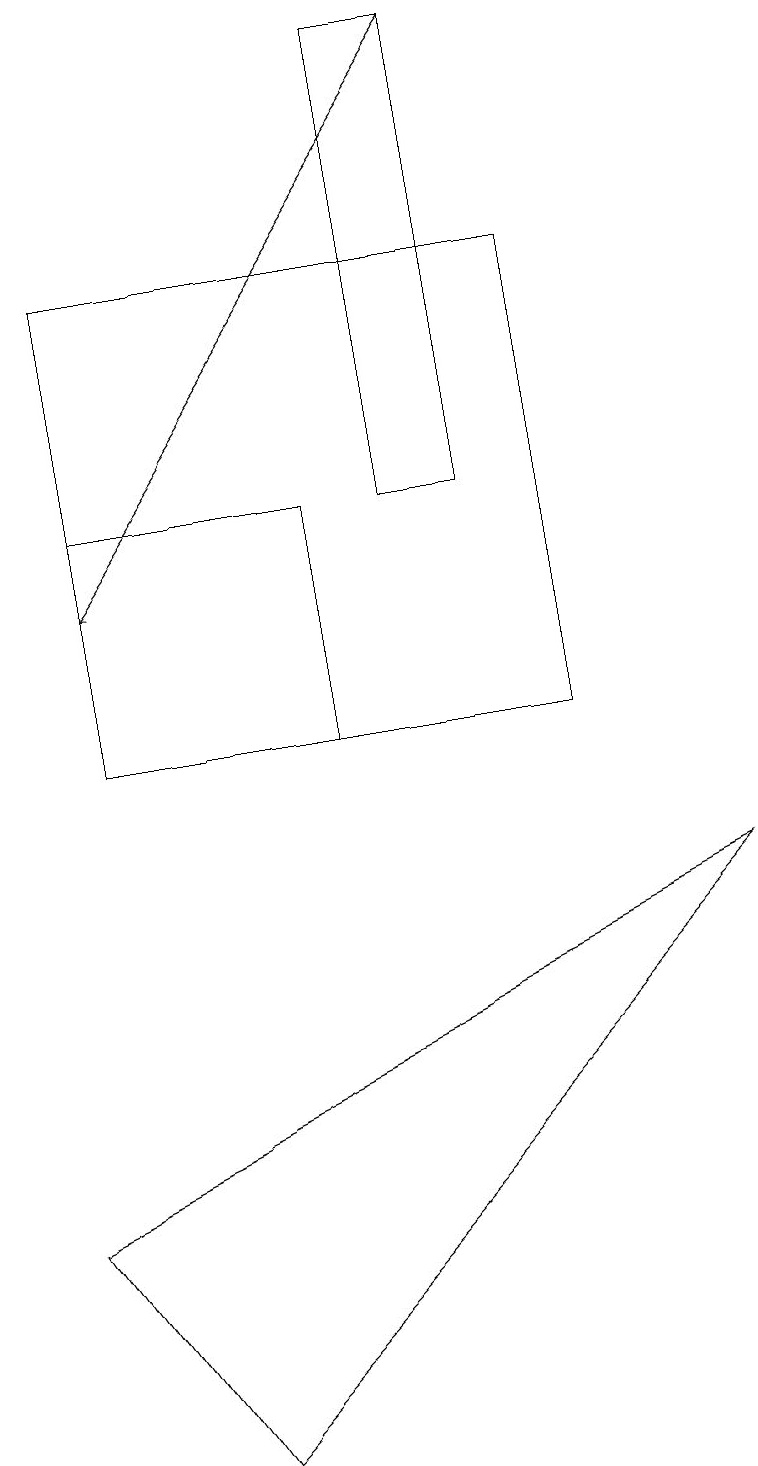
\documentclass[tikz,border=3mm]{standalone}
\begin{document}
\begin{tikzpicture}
\draw (7,16) rectangle (1,10);
\draw (4,13) rectangle (1,10);
\draw (9,8) -- (0,4) -- (2,1) -- cycle;
\draw[->] (6,19) -- (1,12);
\draw (5,13) rectangle (6,19);
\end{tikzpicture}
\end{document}